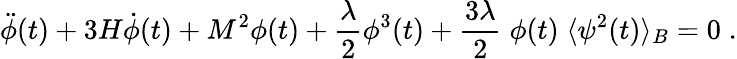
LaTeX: \ddot{\phi}(t)+3H\dot{\phi}(t)+M^{2}\phi(t)+\frac{\lambda}{2}\phi^{3}(t)+\frac{3\lambda}{2}\; \phi(t)\; \langle\psi^{2}(t)\rangle_{B}=0\; .